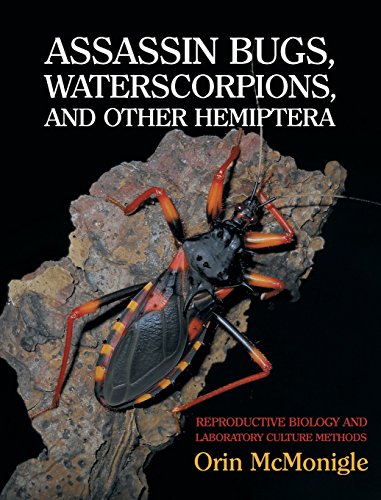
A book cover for Assassin Bugs, Waterscorpions, and Other Hemiptera: Reproductive Biology and Laboratory Culture Methods; Orin McMonigle; Crafts, Hobbies & Home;